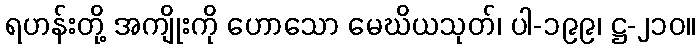
ရဟန်းတို့ အကျိုးကို ဟောသော မေဃိယသုတ်၊ ပါ-၁၉၉၊ ဋ္ဌ-၂၁၀။